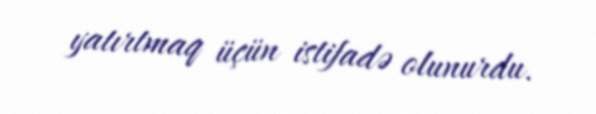
yatırtmaq üçün istifadə olunurdu.